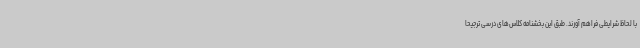
با لحاظ شرایطی فراهم آورند. طبق این بخشنامه کلاس‌های درسی ترجیحاً